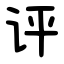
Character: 评